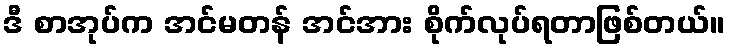
ဒီ စာအုပ်က အင်မတန် အင်အား စိုက်လုပ်ရတာဖြစ်တယ်။